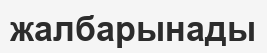
жалбарынады